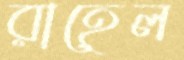
রাহেল